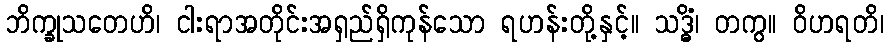
ဘိက္ခုသတေဟိ၊ ငါးရာအတိုင်းအရှည်ရှိကုန်သော ရဟန်းတို့နှင့်။ သဒ္ဓိံ၊ တကွ။ ဝိဟရတိ၊